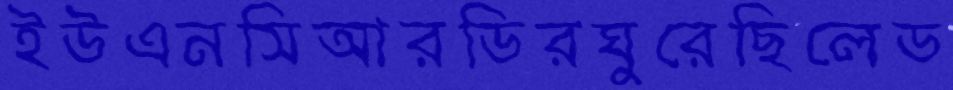
ইউএনসিআরডিরঘুরেছিলেড